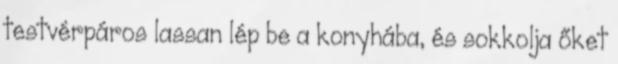
testvérpáros lassan lép be a konyhába, és sokkolja őket